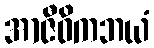
အာဇီဝိကဘယံ